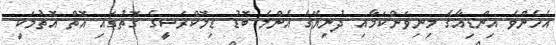
އެހެންވެ އިންޑިއާގެ މިނިވަންކަމާއި ދުނިޔޭގެ އެންމެ ބޮޑު ޑިމޮކްރަސީގެ ގޮތުގައި އޮތް އޮތުމަކީ